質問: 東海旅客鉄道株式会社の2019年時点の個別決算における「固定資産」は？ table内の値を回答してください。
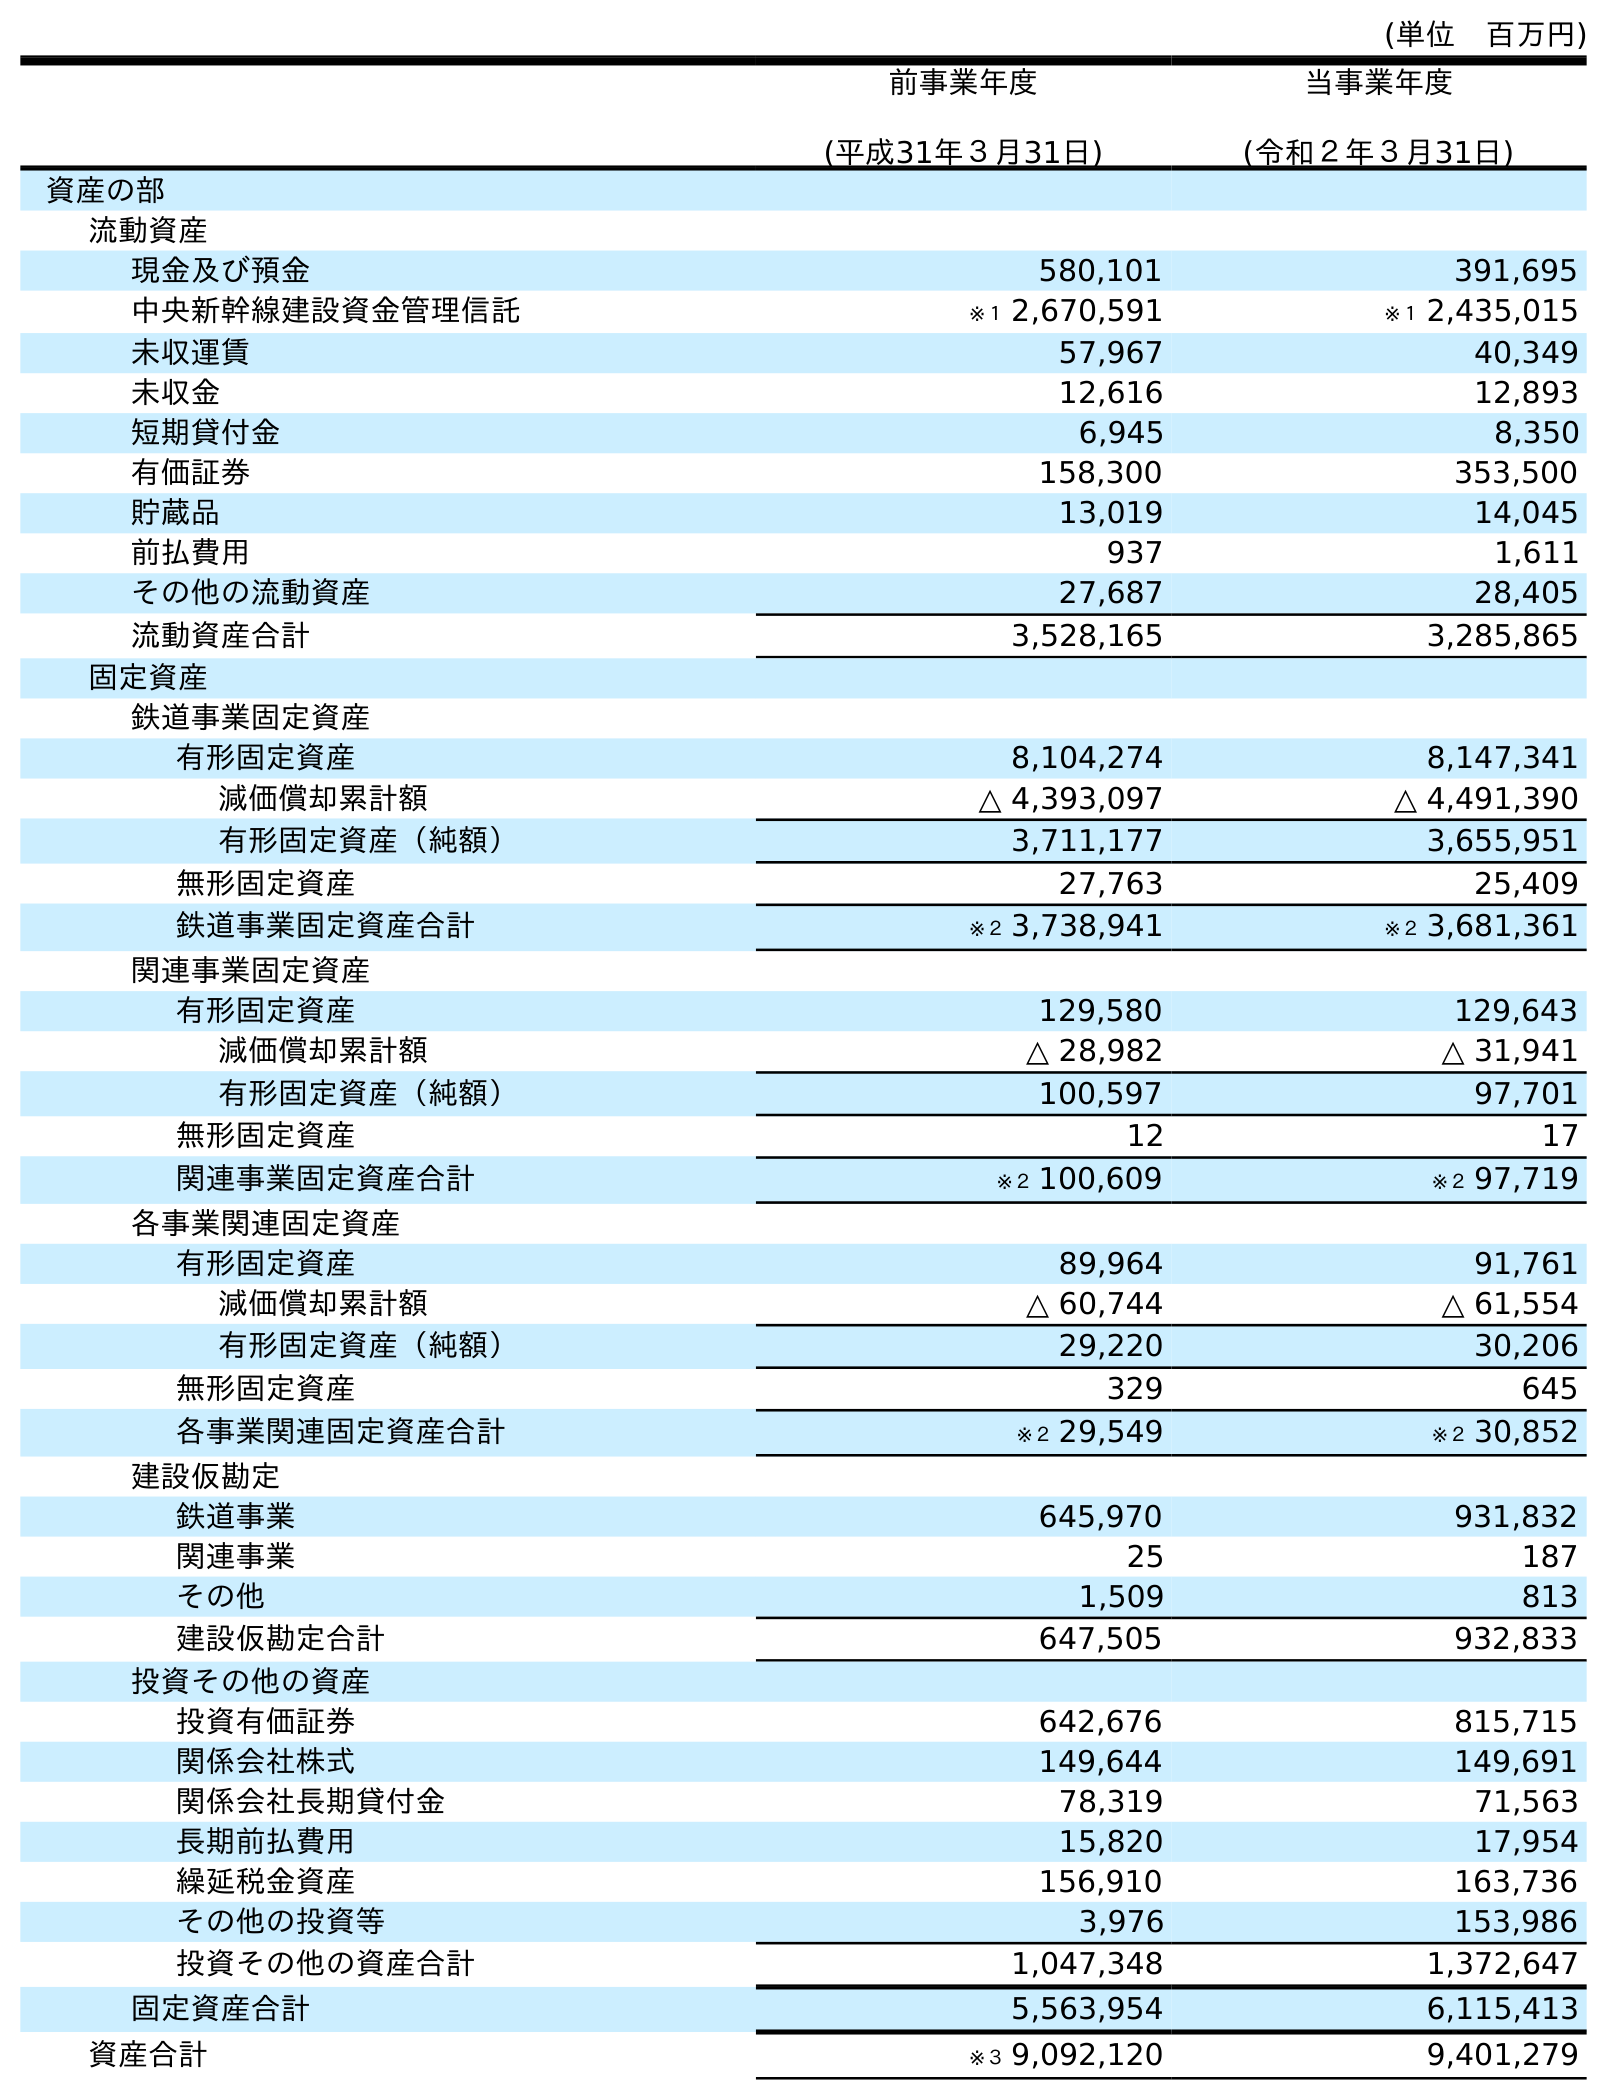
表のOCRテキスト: (単位 百万円) 前事業年度 (平成31年３月31日) 当事業年度 (令和２年３月31日) 資産の部 流動資産 現金及び預金 580,101 391,695 中央新幹線建設資金管理信託 ※１ 2,670,591 ※１ 2,435,015 未収運賃 57,967 40,349 未収金 12,616 12,893 短期貸付金 6,945 8,350 有価証券 158,300 353,500 貯蔵品 13,019 14,045 前払費用 937 1,611 その他の流動資産 27,687 28,405 流動資産合計 3,528,165 3,285,865 固定資産 鉄道事業固定資産 有形固定資産 8,104,274 8,147,341 減価償却累計額 △ 4,393,097 △ 4,491,390 有形固定資産（純額） 3,711,177 3,655,951 無形固定資産 27,763 25,409 鉄道事業固定資産合計 ※２ 3,738,941 ※２ 3,681,361 関連事業固定資産 有形固定資産 129,580 129,643 減価償却累計額 △ 28,982 △ 31,941 有形固定資産（純額） 100,597 97,701 無形固定資産 12 17 関連事業固定資産合計 ※２ 100,609 ※２ 97,719 各事業関連固定資産 有形固定資産 89,964 91,761 減価償却累計額 △ 60,744 △ 61,554 有形固定資産（純額） 29,220 30,206 無形固定資産 329 645 各事業関連固定資産合計 ※２ 29,549 ※２ 30,852 建設仮勘定 鉄道事業 645,970 931,832 関連事業 25 187 その他 1,509 813 建設仮勘定合計 647,505 932,833 投資その他の資産 投資有価証券 642,676 815,715 関係会社株式 149,644 149,691 関係会社長期貸付金 78,319 71,563 長期前払費用 15,820 17,954 繰延税金資産 156,910 163,736 その他の投資等 3,976 153,986 投資その他の資産合計 1,047,348 1,372,647 固定資産合計 5,563,954 6,115,413 資産合計 ※３ 9,092,120 9,401,279
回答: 5,563,954